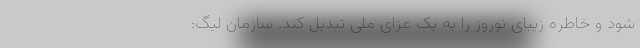
شود و خاطره زیبای نوروز را به یک عزای ملی تبدیل کند. سازمان لیگ: